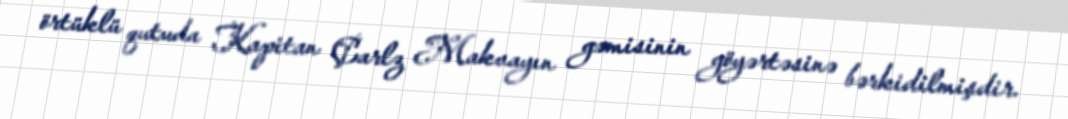
örtüklü qutuda Kapitan Çarlz Makvayın gəmisinin göyərtəsinə bərkidilmişdir.